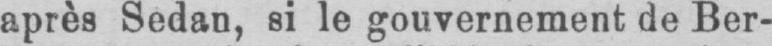
après Sedan, si le gouvernement de Ber-